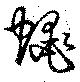
蠅